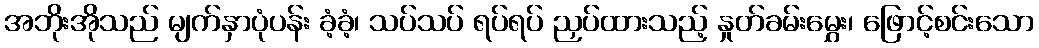
အဘိုးအိုသည် မျက်နှာပုံပန်း ခံ့ခံ့၊ သပ်သပ် ရပ်ရပ် ညှပ်ထားသည့် နှုတ်ခမ်းမွှေး၊ ဖြောင့်စင်းသော